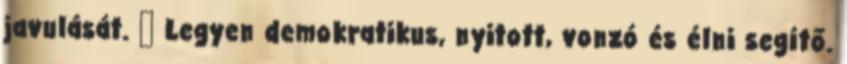
javulását.  Legyen demokratikus, nyitott, vonzó és élni segítő.